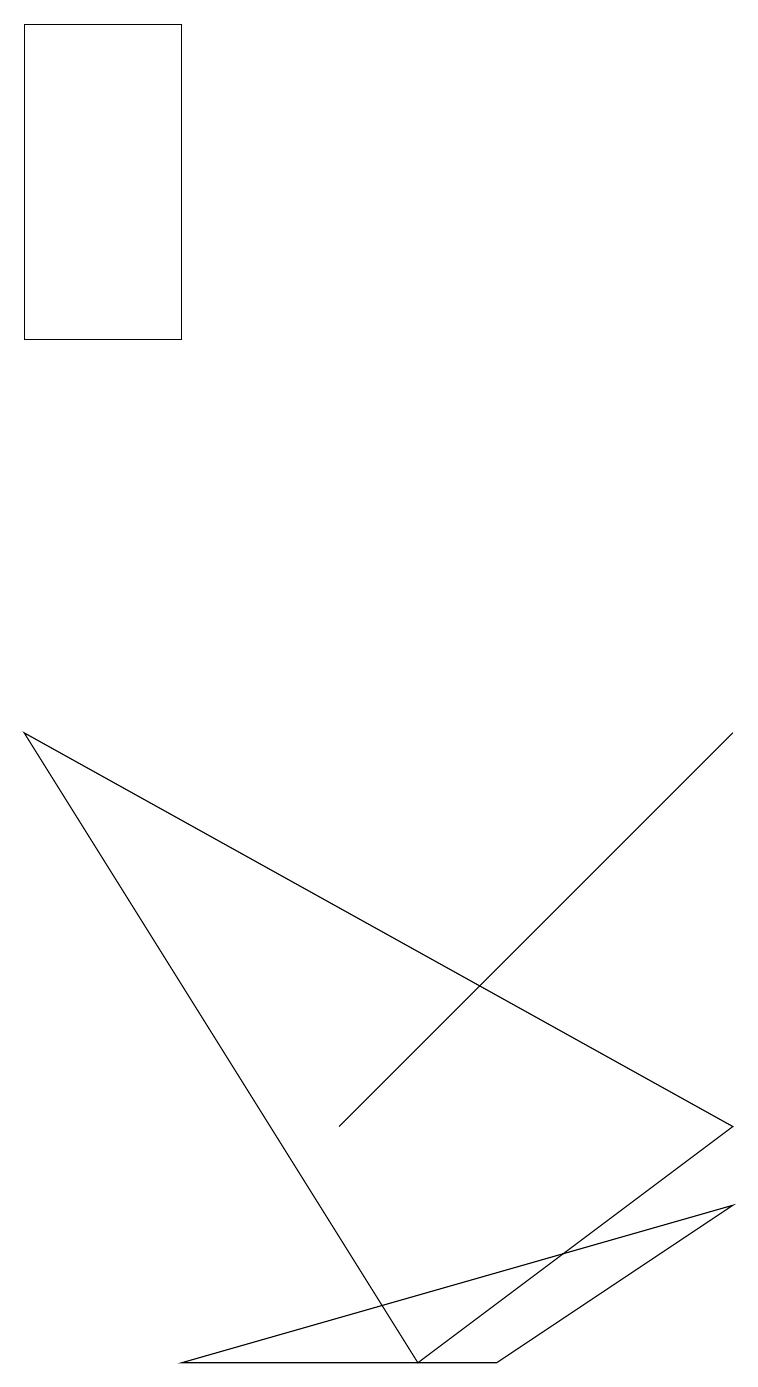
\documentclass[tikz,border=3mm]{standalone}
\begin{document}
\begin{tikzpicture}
\draw (2,17) rectangle (0,13);
\draw (2,0) -- (9,2) -- (6,0) -- cycle;
\draw (9,8) -- (8,7) -- (4,3) -- cycle;
\draw (5,0) -- (0,8) -- (9,3) -- cycle;
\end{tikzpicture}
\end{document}